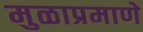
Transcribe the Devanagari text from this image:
मुळाप्रमाणे